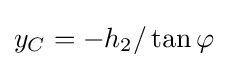
y_{C}=-h_{2}/\operatorname {tan} \varphi